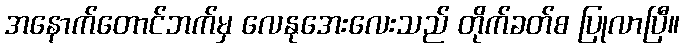
အနောက်တောင်ဘက်မှ လေနုအေးလေးသည် တိုက်ခတ်စ ပြုလာပြီ။